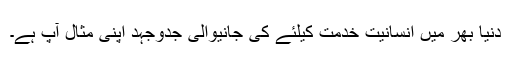
دنیا بھر میں انسانیت خدمت کیلئے کی جانیوالی جدوجہد اپنی مثال آپ ہے۔